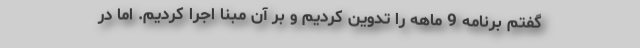
گفتم برنامه 9 ماهه را تدوین کردیم و بر آن مبنا اجرا کردیم. اما در